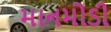
માનમોડી